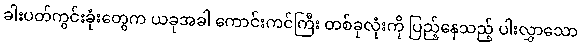
ခါးပတ်ကွင်းခုံးတွေက ယခုအခါ ကောင်းကင်ကြီး တစ်ခုလုံးကို ပြည့်နေသည့် ပါးလွှာသော